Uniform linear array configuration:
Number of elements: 12
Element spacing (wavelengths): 0.25
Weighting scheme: cosine
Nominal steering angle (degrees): -60
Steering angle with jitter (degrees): -60.825
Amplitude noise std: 0.05
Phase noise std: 0.05

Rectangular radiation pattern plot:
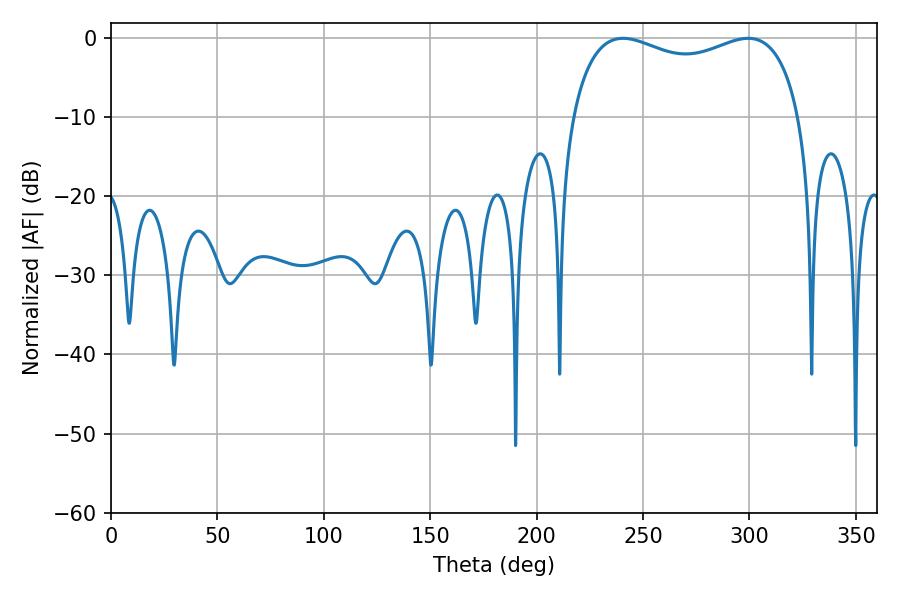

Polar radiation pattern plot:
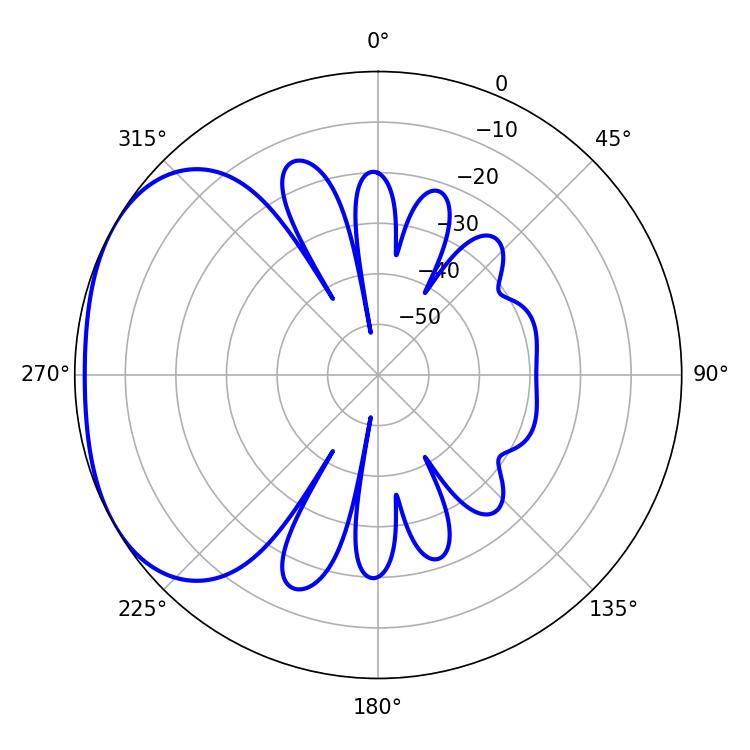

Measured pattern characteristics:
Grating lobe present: FALSE
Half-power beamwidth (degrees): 88.56
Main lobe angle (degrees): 240.66